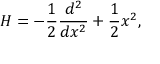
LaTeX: H = - { \frac { 1 } { 2 } } { \frac { d ^ { 2 } } { d x ^ { 2 } } } + { \frac { 1 } { 2 } } x ^ { 2 } ,